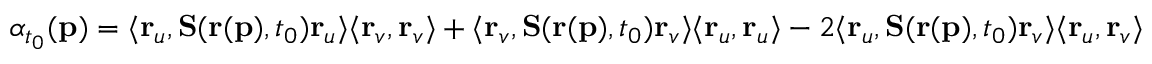
\alpha _ { t _ { 0 } } ( \mathbf { p } ) = \langle \mathbf { r } _ { u } , \mathbf { S } ( \mathbf { r } ( \mathbf { p } ) , t _ { 0 } ) \mathbf { r } _ { u } \rangle \langle \mathbf { r } _ { v } , \mathbf { r } _ { v } \rangle + \langle \mathbf { r } _ { v } , \mathbf { S } ( \mathbf { r } ( \mathbf { p } ) , t _ { 0 } ) \mathbf { r } _ { v } \rangle \langle \mathbf { r } _ { u } , \mathbf { r } _ { u } \rangle - 2 \langle \mathbf { r } _ { u } , \mathbf { S } ( \mathbf { r } ( \mathbf { p } ) , t _ { 0 } ) \mathbf { r } _ { v } \rangle \langle \mathbf { r } _ { u } , \mathbf { r } _ { v } \rangle